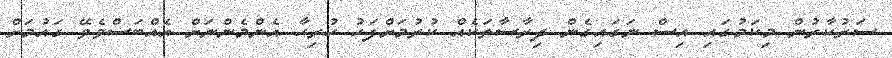
ސަރުކާރުން މިކަމުގައި އިސް ނަގައިގެން ދިރާސާތަކެއް ކުރުމަށްފަހު ހުރިހާ އެންމެންނަށް އެއްބަސްވެވޭ ގައުމަށް